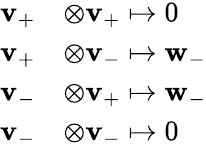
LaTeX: \begin{array}{rl}{\mathbf{v}_{+}}&{\otimes\mathbf{v}_{+}\mapsto 0}\\ {\mathbf{v}_{+}}&{\otimes\mathbf{v}_{-}\mapsto\mathbf{w}_{-}}\\ {\mathbf{v}_{-}}&{\otimes\mathbf{v}_{+}\mapsto\mathbf{w}_{-}}\\ {\mathbf{v}_{-}}&{\otimes\mathbf{v}_{-}\mapsto 0}\end{array}